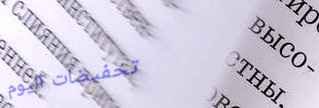
تخفيضات اليوم